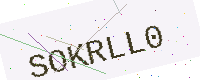
Text: SOKRLL0